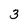
Character: 3